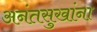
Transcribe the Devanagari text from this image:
अनंतसुखांना